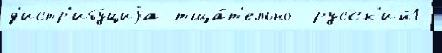
д'истр'ибу́циjа тща́т'ельно  русск'ий1